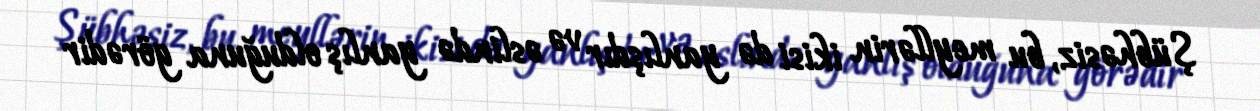
Şübhəsiz, bu meyllərin ikisi də yanlışdır və əslində yanlış olduğuna görədir